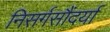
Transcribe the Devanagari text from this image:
निसर्गसौंदर्या